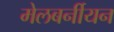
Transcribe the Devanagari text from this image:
मेलबर्नीयन